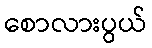
စောလားပွယ်